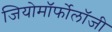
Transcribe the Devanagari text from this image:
जियोमॉर्फोलॉजी